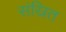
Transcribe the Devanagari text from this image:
संस्रित